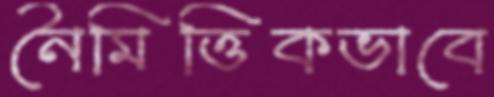
নৈমিত্তিকভাবে